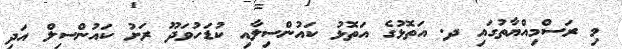
މި ރަސްމިއްޔާތުގައި ދ. އަތޮޅުގެ އަތޮޅު ކައުންސިލާއި ކުޑަހުވަދޫ ރަށު ކައުންސިލް އަދި